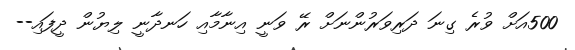
500އަށް ވުރެ ގިނަ ދަރިވަރުންނަށް ރޭ ވަނީ އިނާމާއި ހަނދާނީ ލިޔުން ދީފައި--